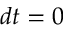
d t = 0